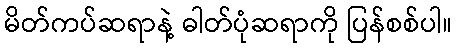
မိတ်ကပ်ဆရာနဲ့ ဓါတ်ပုံဆရာကို ပြန်စစ်ပါ။